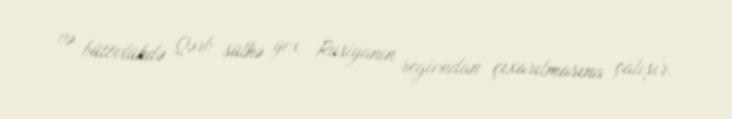
və bütövlükdə Qərb sülhə yox, Rusiyanın regiondan çıxarılmasına çalışır.